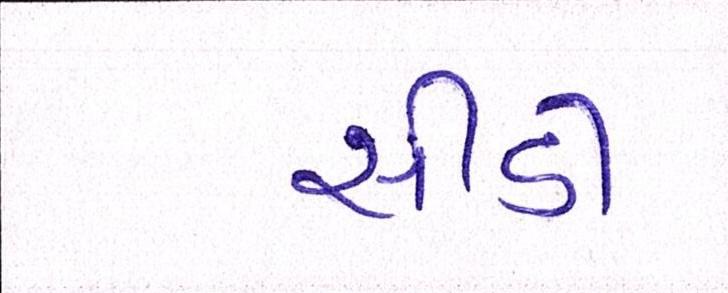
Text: સીડી